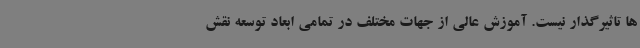
ها تاثیرگذار نیست. آموزش عالی از جهات مختلف در تمامی ابعاد توسعه نقش